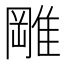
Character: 𨿺